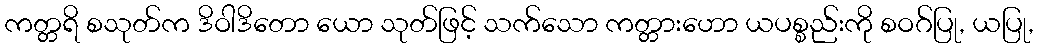
ကတ္တရိ စသုတ်က ဒိဝါဒိတော ယော သုတ်ဖြင့် သက်သော ကတ္တားဟော ယပစ္စည်းကို စဝဂ်ပြု, ယပြု,